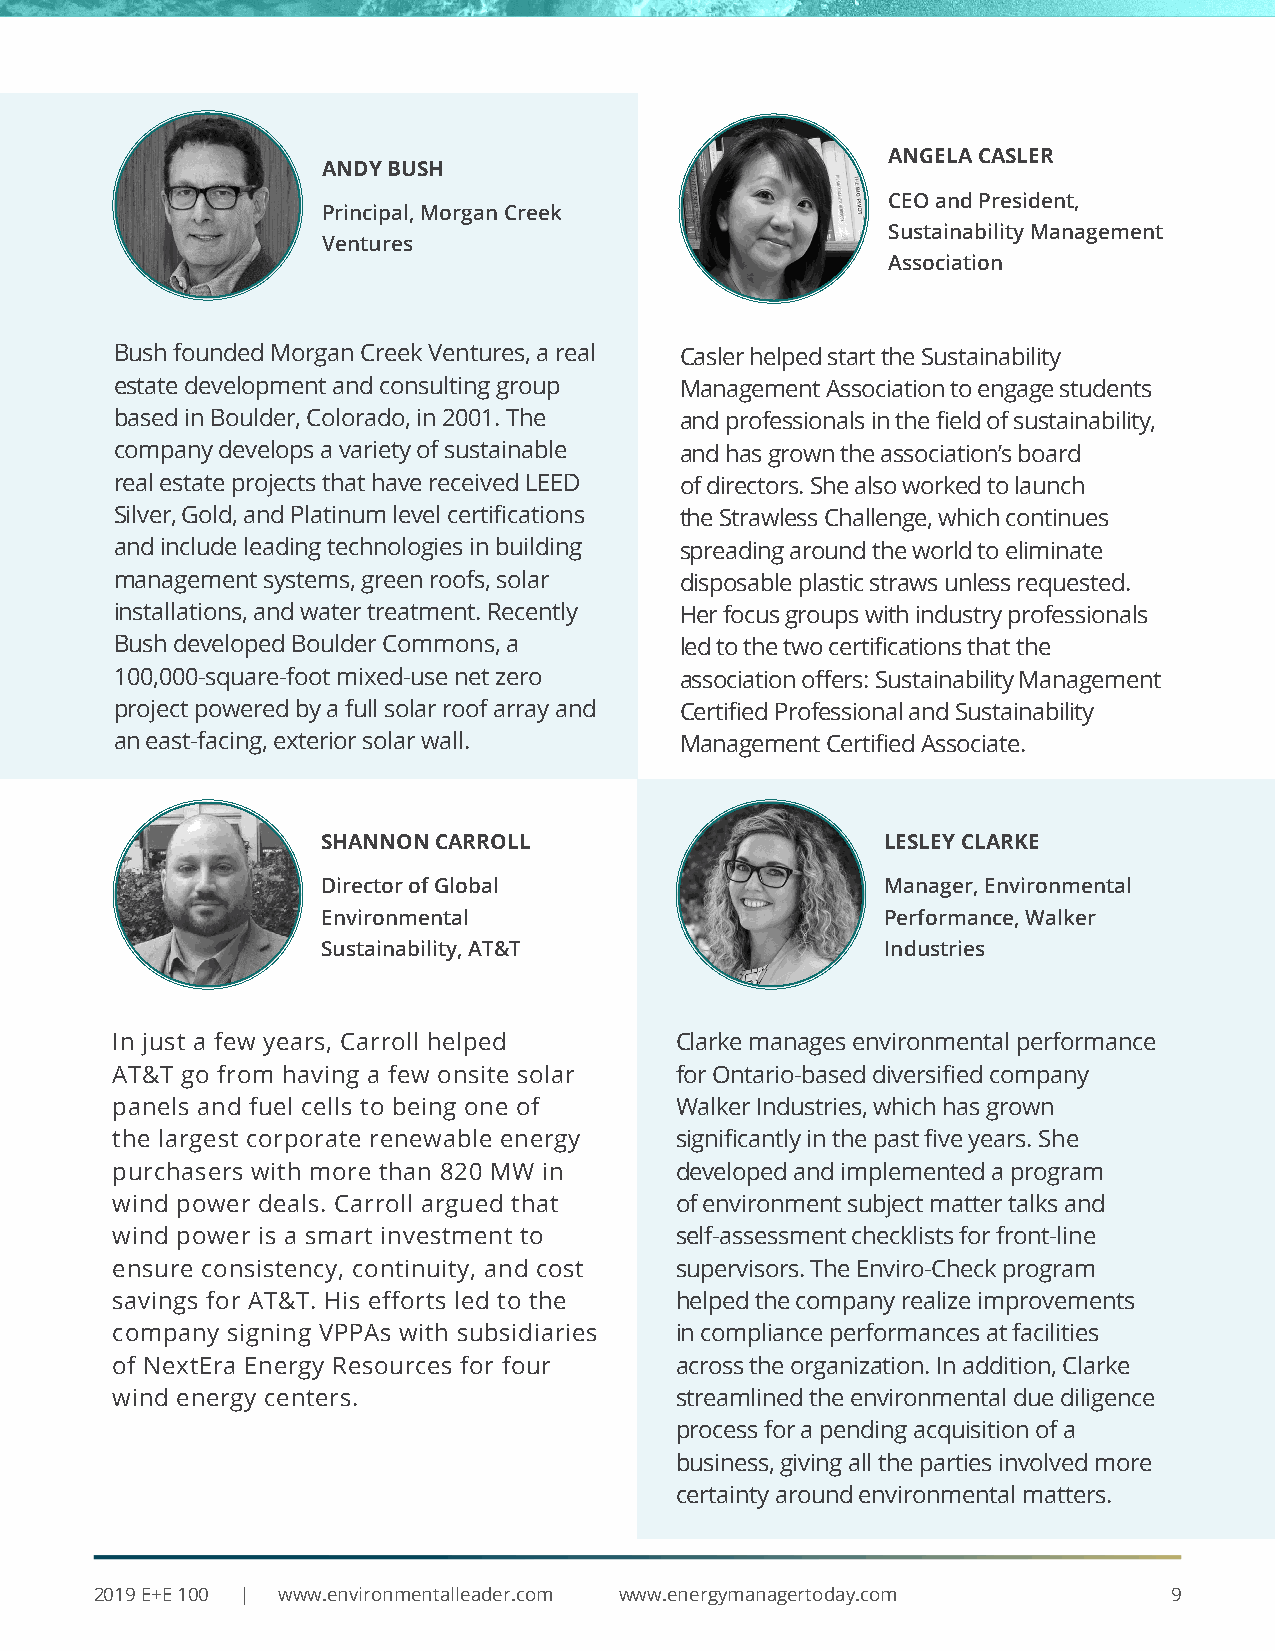
ANGELA CASLER
 ANDY BUSH
 CEO and President,
 Principal, Morgan Creek
 Sustainability Management
 Ventures
 Association
 Bush founded Morgan Creek Ventures, a real Casler helped start the Sustainability
 estate development and consulting group Management Association to engage students
 based in Boulder, Colorado, in 2001. The and professionals in the field of sustainability,
 company develops a variety of sustainable and has grown the association’s board
 real estate projects that have received LEED of directors. She also worked to launch
 Silver, Gold, and Platinum level certifications the Strawless Challenge, which continues
 and include leading technologies in building spreading around the world to eliminate
 management systems, green roofs, solar disposable plastic straws unless requested.
 installations, and water treatment. Recently Her focus groups with industry professionals
 Bush developed Boulder Commons, a    led to the two certifications that the
 100,000-square-foot mixed-use net zero association offers: Sustainability Management
 project powered by a full solar roof array and Certified Professional and Sustainability
 an east-facing, exterior solar wall. Management Certified Associate.
 SHANNON CARROLL                       LESLEY CLARKE
 Director of Global                    Manager, Environmental
 Environmental                         Performance, Walker
 Sustainability, AT&T                  Industries
 In just a few years, Carroll helped   Clarke manages environmental performance
 AT&T go from having a few onsite solar for Ontario-based diversified company
 panels and fuel cells to being one of Walker Industries, which has grown
 the largest corporate renewable energy significantly in the past five years. She
 purchasers with more than 820 MW in   developed and implemented a program
 wind power deals. Carroll argued that of environment subject matter talks and
 wind power is a smart investment to   self-assessment checklists for front-line
 ensure consistency, continuity, and cost supervisors. The Enviro-Check program
 savings for AT&T. His efforts led to the helped the company realize improvements
 company signing VPPAs with subsidiaries in compliance performances at facilities
 of NextEra Energy Resources for four  across the organization. In addition, Clarke
 wind energy centers.                  streamlined the environmental due diligence
 process for a pending acquisition of a
 business, giving all the parties involved more
 certainty around environmental matters.
 2019 E+E 100 | www.environmentalleader.com www.energymanagertoday.com  9